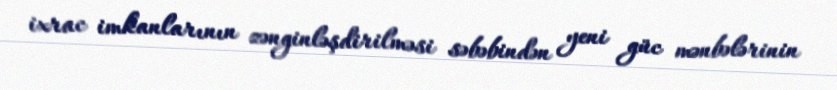
ixrac imkanlarının zənginləşdirilməsi səbəbindən yeni güc mənbələrinin